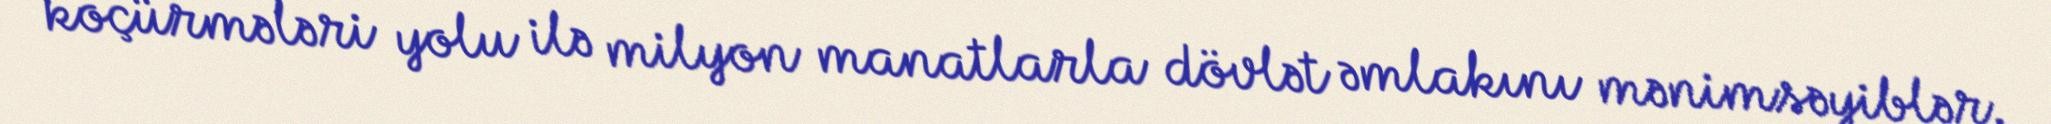
köçürmələri yolu ilə milyon manatlarla dövlət əmlakını mənimsəyiblər.